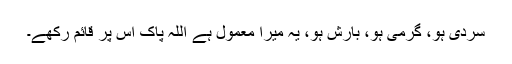
سردی ہو، گرمی ہو، بارش ہو، یہ میرا معمول ہے اللہ پاک اس پر قائم رکھے۔